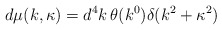
\begin{align*}d\mu(k, \kappa) = d^{4}k\, \theta(k^{0}) \delta(k^{2} + \kappa^{2})\end{align*}